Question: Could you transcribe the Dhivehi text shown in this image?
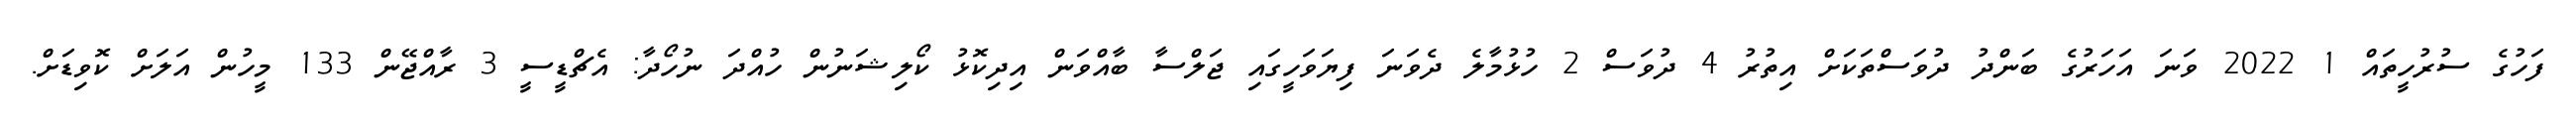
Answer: ފަހުގެ ސުރުހީތައް 1 2022 ވަނަ އަހަރުގެ ބަންދު ދުވަސްތަކަށް އިތުރު 4 ދުވަސް 2 ހުޅުމާލެ ދެވަނަ ފިޔަވަހީގައި ޖަލްސާ ބާއްވަން އިދިކޮޅު ކޯލިޝަނުން ހުއްދަ ނުހޯދާ: އެޗްޑީސީ 3 ރާއްޖޭން 133 މީހުން އަލަށް ކޮވިޑަށް.